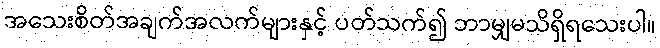
အသေးစိတ်အချက်အလက်များနှင့် ပတ်သက်၍ ဘာမျှမသိရှိရသေးပါ။